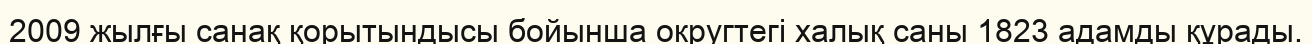
2009 жылғы санақ қорытындысы бойынша округтегі халық саны 1823 адамды құрады.